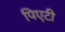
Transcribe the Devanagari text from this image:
पिएटी